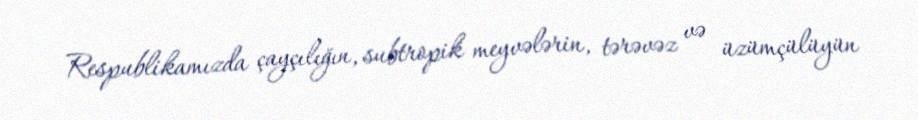
Respublikamızda çayçılığın, subtropik meyvələrin, tərəvəz və üzümçülüyün